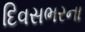
દિવસભરના